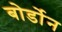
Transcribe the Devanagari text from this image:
बोर्डोन